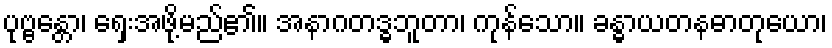
ပုဗ္ဗန္တော၊ ရှေးအဖို့မည်၏။ အနာဂတဒ္ဓဘူတာ၊ ကုန်သော။ ခန္ဓာယတနဓာတုယော၊